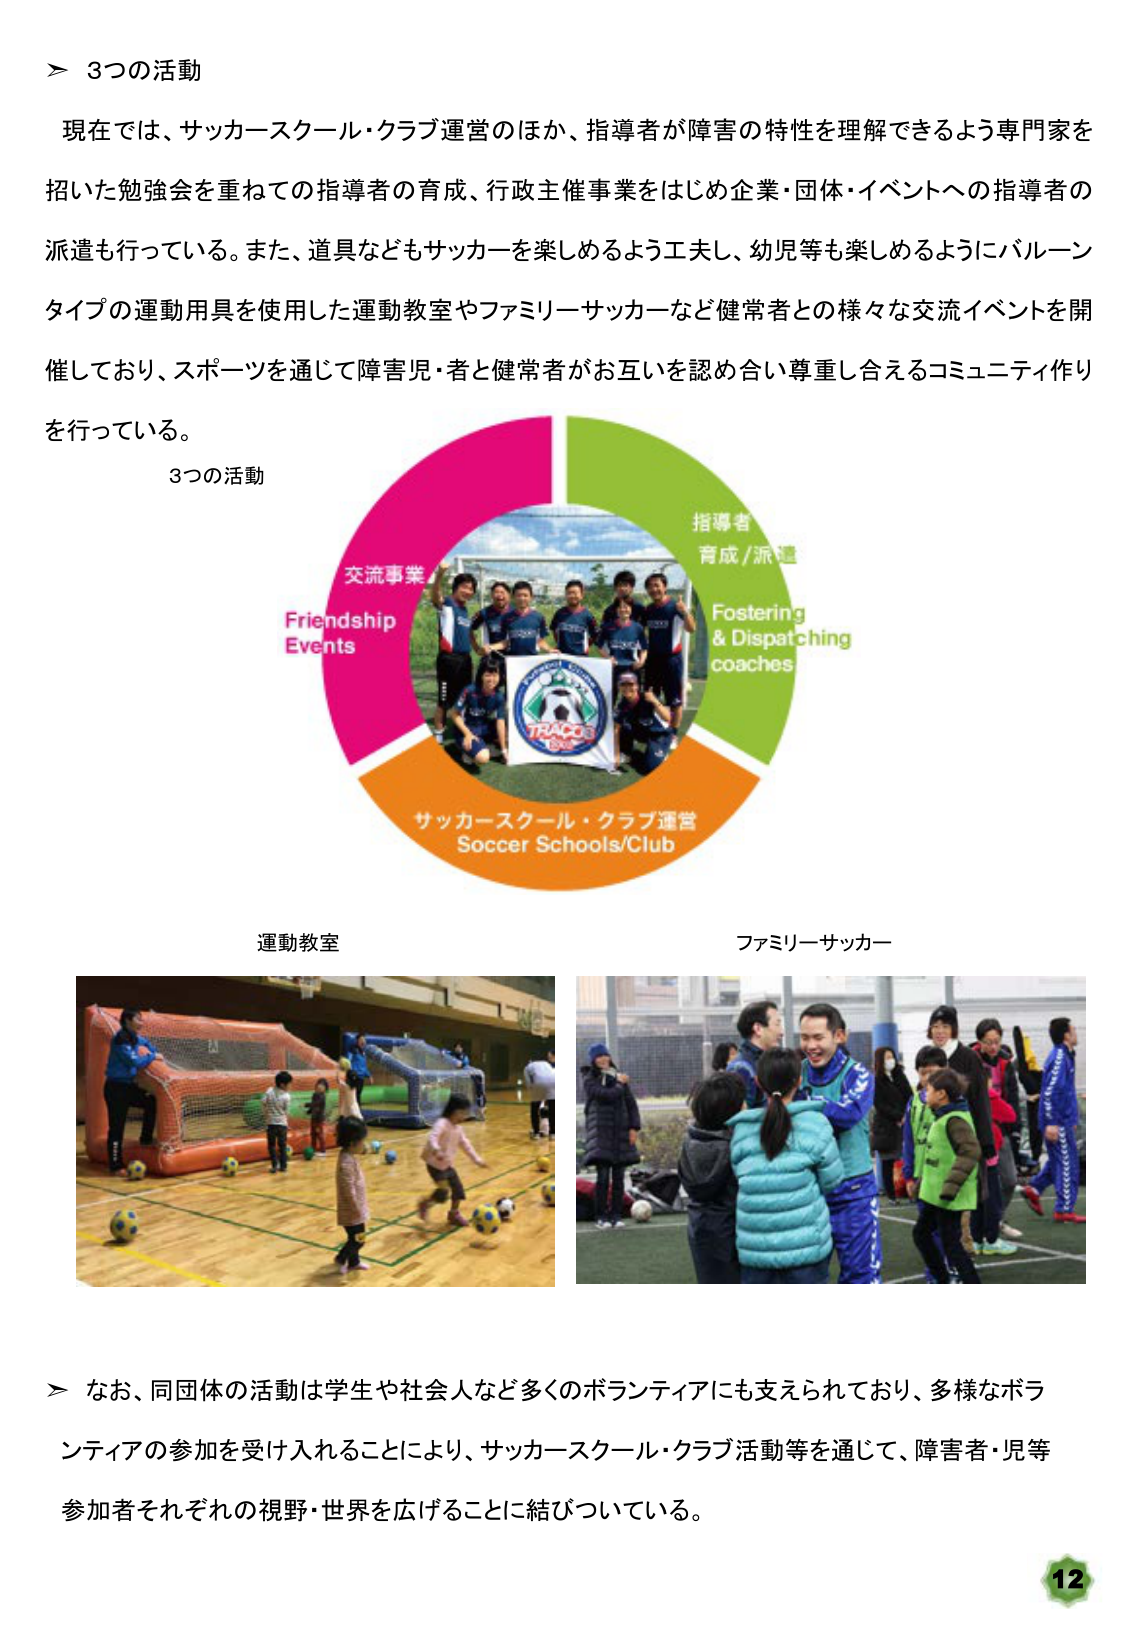
＞ 3つの活動

現在では、サッカースクール・クラブ運営のほか、指導者が障害の特性を理解できるよう専門家を
招いた勉強会を重ねての指導者の育成、行政主催事業をはじめ企業・団体・イベントへの指導者の
派遣も行っている。また、道具などもサッカーを楽しめるよう工夫し、幼児等も楽しめるようにバルーン
タイプの運動用具を使用した運動教室やファミリーサッカーなど健常者との様々な交流イベントを開
催しており、スポーツを通じて障害児・者と健常者がお互いを認め合い尊重し合えるコミュニティ作り
を行っている。

3つの活動

交流事業
Friendship
Events

指導者
育成/派遣
Fostering
& Dispatching
coaches

サッカースクール・クラブ運営
Soccer Schools/Club

運動教室

ファミリーサッカー

＞ なお、同団体の活動は学生や社会人など多くのボランティアにも支えられており、多様なボラ
ンティアの参加を受け入れることにより、サッカースクール・クラブ活動等を通じて、障害者・児等
参加者それぞれの視野・世界を広げることに結びついている。

12